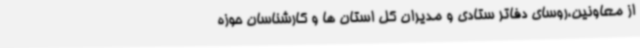
از معاونین،روسای دفاتر ستادی و مدیران کل استان ها و کارشناسان حوزه